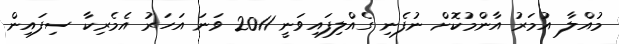
މުއްލާ އުމަރު އާންމުކޮށް ނުފެނި ގެއްލިފައިވަނީ 2011 ވަނަ އަހަރު އެމެރިކާ ސިފައިން